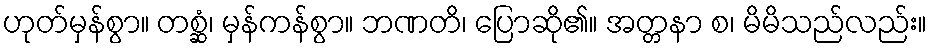
ဟုတ်မှန်စွာ။ တစ္ဆံ၊ မှန်ကန်စွာ။ ဘဏတိ၊ ပြောဆို၏။ အတ္တနာ စ၊ မိမိသည်လည်း။